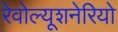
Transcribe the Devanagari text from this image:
रेवोल्यूशनेरियो